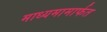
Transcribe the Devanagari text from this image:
माध्यमामार्फत